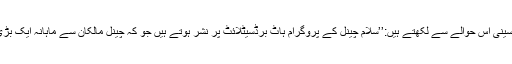
ماہر نشریات مرجان حسینی اس حوالے سے لکھتے ہیں:’’سلام چینل کے پروگرام ہاٹ برڈسیٹلائٹ پر نشر ہوتے ہیں جو کہ چینل مالکان سے ماہانہ ایک بڑی رقم وصول کرتا ہے۔